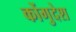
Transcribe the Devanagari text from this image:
कोंगुदेश